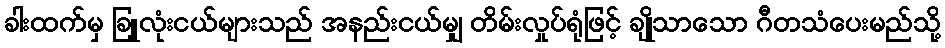
ခါးထက်မှ ခြူလုံးငယ်များသည် အနည်းငယ်မျှ တိမ်းလှုပ်ရုံဖြင့် ချိုသာသော ဂီတသံပေးမည်သို့